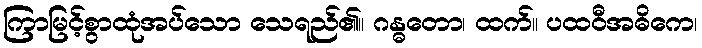
ကြာမြင့်စွာထုံအပ်သော သေရည်၏။ ဂန္ဓတော၊ ထက်။ ပထဝီအဓိကေ၊